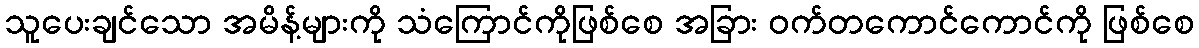
သူပေးချင်သော အမိန့်များကို သံကြောင်ကိုဖြစ်စေ အခြား ဝက်တကောင်ကောင်ကို ဖြစ်စေ